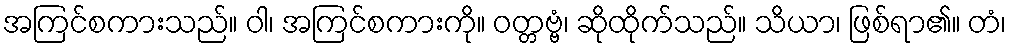
အကြင်စကားသည်။ ဝါ၊ အကြင်စကားကို။ ဝတ္တဗ္ဗံ၊ ဆိုထိုက်သည်။ သိယာ၊ ဖြစ်ရာ၏။ တံ၊